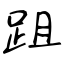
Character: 跙